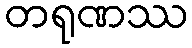
တရုဏဿ